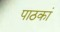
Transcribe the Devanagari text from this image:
पाठकां